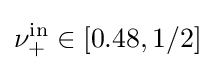
\nu _{+}^{\mathrm {in} }\in [0.48,1/2]